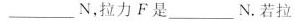
___ N，拉力F是 ___ N。若拉